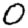
Digit: 0